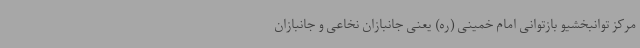
مرکز توانبخشیو بازتوانی امام خمینی (ره) یعنی جانبازان نخاعی و جانبازان